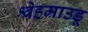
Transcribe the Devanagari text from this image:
श्वेहमाउडू